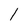
Character: 1